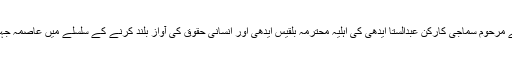
اس کے علاوہ فلاحی کاموں کے حوالے سے مرحوم سماجی کارکن عبدالستا ایدھی کی اہلیہ محترمہ بلقیس ایدھی اور انسانی حقوق کی آواز بلند کرنے کے سلسلے میں عاصمہ جہانگیر کا تذکرہ بھی رپورٹ میں موجود ہے۔